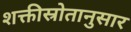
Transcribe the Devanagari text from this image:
शक्तीस्रोतानुसार